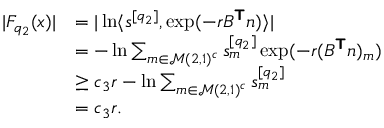
\begin{array} { r l } { | F _ { q _ { 2 } } ( \boldsymbol { x } ) | } & { = | \ln \langle \boldsymbol { s } ^ { [ q _ { 2 } ] } , \exp ( - r B ^ { \boldsymbol { \mathsf { T } } } \boldsymbol { n } ) \rangle | } \\ & { = - \ln \sum _ { m \in \mathcal { M } ( 2 , 1 ) ^ { c } } s _ { m } ^ { [ q _ { 2 } ] } \exp ( - r ( B ^ { \boldsymbol { \mathsf { T } } } \boldsymbol { n } ) _ { m } ) } \\ & { \ge c _ { 3 } r - \ln \sum _ { m \in \mathcal { M } ( 2 , 1 ) ^ { c } } s _ { m } ^ { [ q _ { 2 } ] } } \\ & { = c _ { 3 } r . } \end{array}